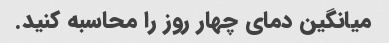
میانگین دمای چهار روز را محاسبه کنید.